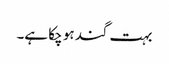
بہت گند ہو چکا ہے۔